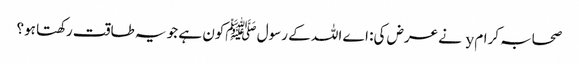
صحابہ کرام y نے عرض کی: اے اللہ کے رسول ﷺکون ہے جو یہ طاقت رکھتا ہو؟